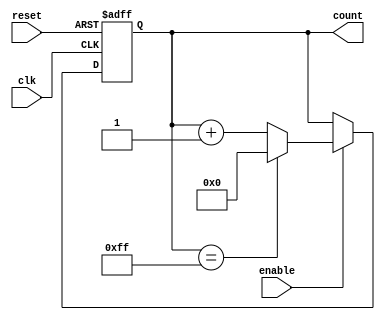
module ParameterizedCounter #(
    parameter WIDTH = 8   // Default width of the counter
)(
    input wire clk,       // Clock signal
    input wire reset,     // Asynchronous reset signal
    input wire enable,    // Enable signal for counting
    output reg [WIDTH-1:0] count // Counter output
);

// Always block to describe the behavior of the counter
always @(posedge clk or posedge reset) begin
    if (reset) begin
        count <= 0; // Reset the counter to zero
    end else if (enable) begin
        // Increment the counter and wrap around at maximum value
        count <= (count == (2**WIDTH - 1)) ? 0 : count + 1;
    end
    // If enable is low, retain the current value of the counter
end

endmodule